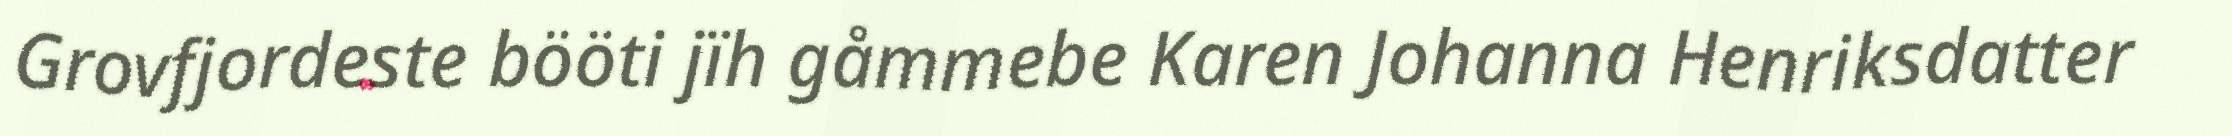
Grovfjordeste bööti jïh gåmmebe Karen Johanna Henriksdatter